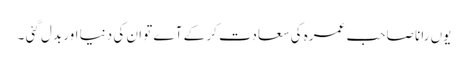
یوں رانا صاحب عمرہ کی سعادت کر کے آے تو ان کی دنیا اور بدل گئی ۔